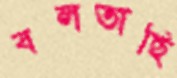
বলতাছি